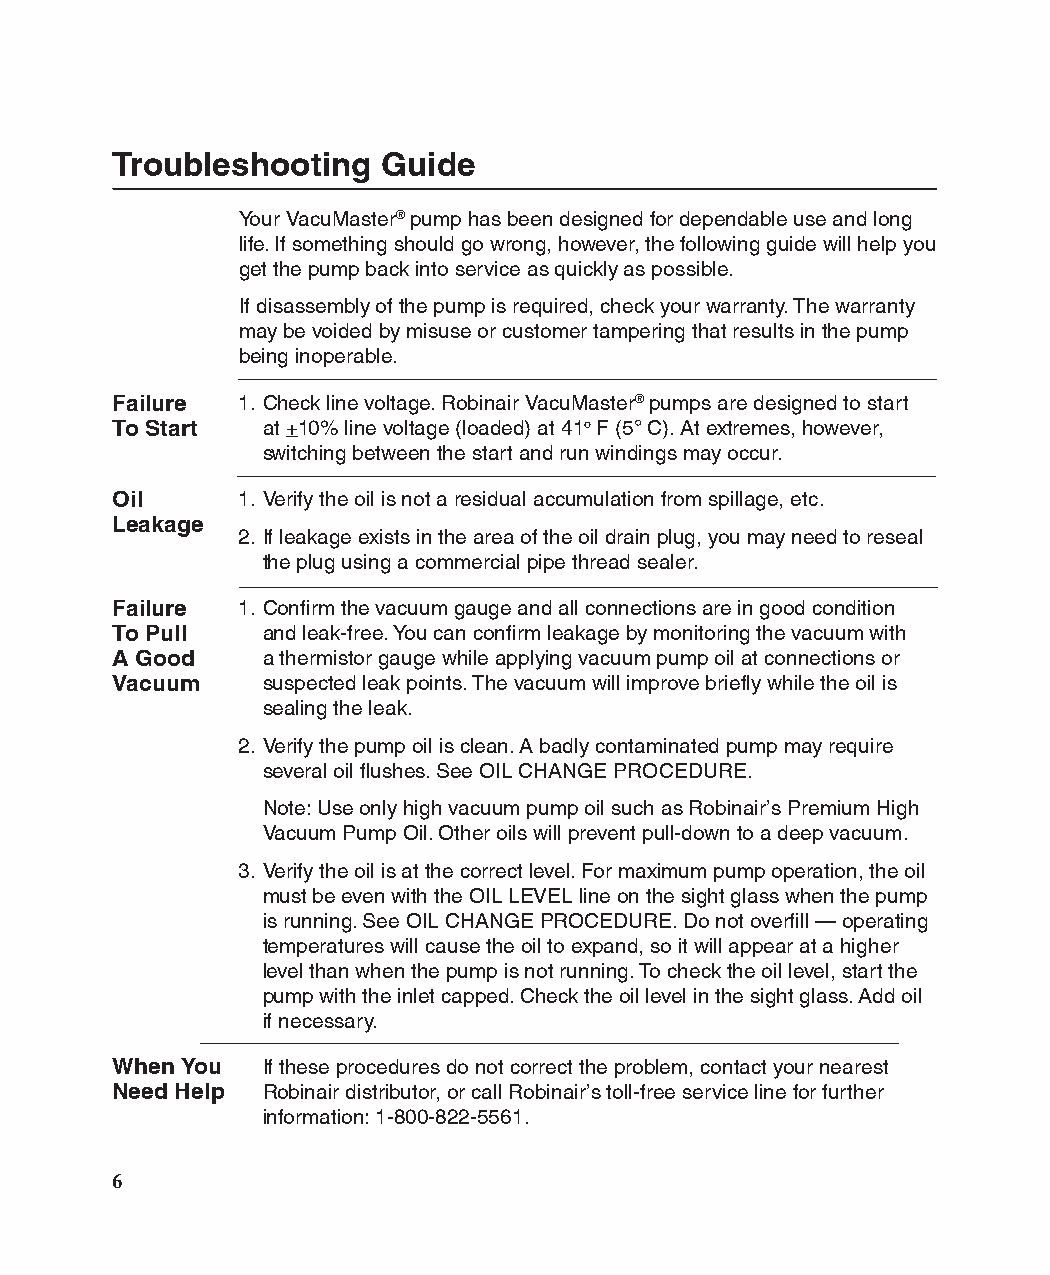
Troubleshooting   Guide
 Your VacuMaster® pump has been designed for dependable use and long
 life. If something should go wrong, however, the following guide will help you
 get the pump back into service as quickly as possible.
 If disassembly of the pump is required, check your warranty. The warranty
 may be voided by misuse or customer tampering that results in the pump
 being inoperable.
 Failure  1. Check line voltage. Robinair VacuMaster® pumps are designed to start
 To Start  at +10% line voltage (loaded) at 41o F (5° C). At extremes, however,
 switching between the start and run windings may occur.
 Oil      1. Verify the oil is not a residual accumulation from spillage, etc.
 Leakage
 2. If leakage exists in the area of the oil drain plug, you may need to reseal
 the plug using a commercial pipe thread sealer.
 Failure  1. Confirm the vacuum gauge and all connections are in good condition
 To Pull   and leak-free. You can confirm leakage by monitoring the vacuum with
 A Good    a thermistor gauge while applying vacuum pump oil at connections or
 Vacuum    suspected leak points. The vacuum will improve briefly while the oil is
 sealing the leak.
 2. Verify the pump oil is clean. A badly contaminated pump may require
 several oil flushes. See OIL CHANGE PROCEDURE.
 Note: Use only high vacuum pump oil such as Robinair’s Premium High
 Vacuum Pump Oil. Other oils will prevent pull-down to a deep vacuum.
 3. Verify the oil is at the correct level. For maximum pump operation, the oil
 must be even with the OIL LEVEL line on the sight glass when the pump
 is running. See OIL CHANGE PROCEDURE. Do not overfill — operating
 temperatures will cause the oil to expand, so it will appear at a higher
 level than when the pump is not running. To check the oil level, start the
 pump with the inlet capped. Check the oil level in the sight glass. Add oil
 if necessary.
 When You  If these procedures do not correct the problem, contact your nearest
 Need Help Robinair distributor, or call Robinair’s toll-free service line for further
 information: 1-800-822-5561.
 6